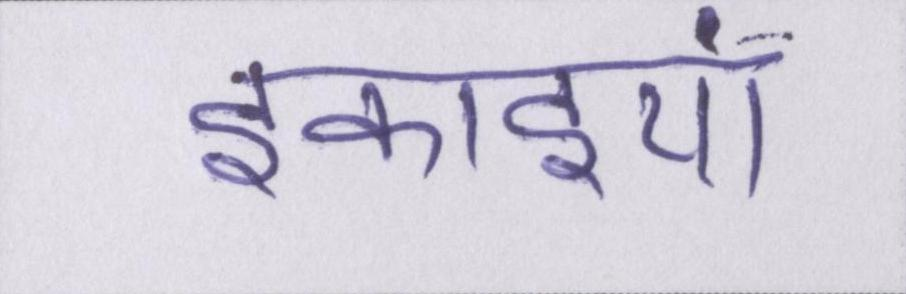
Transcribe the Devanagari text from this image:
इकाइयां